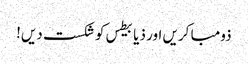
ذومبا کریں اور ذیابیطس کو شکست دیں!